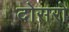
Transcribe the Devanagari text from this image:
दोसरो